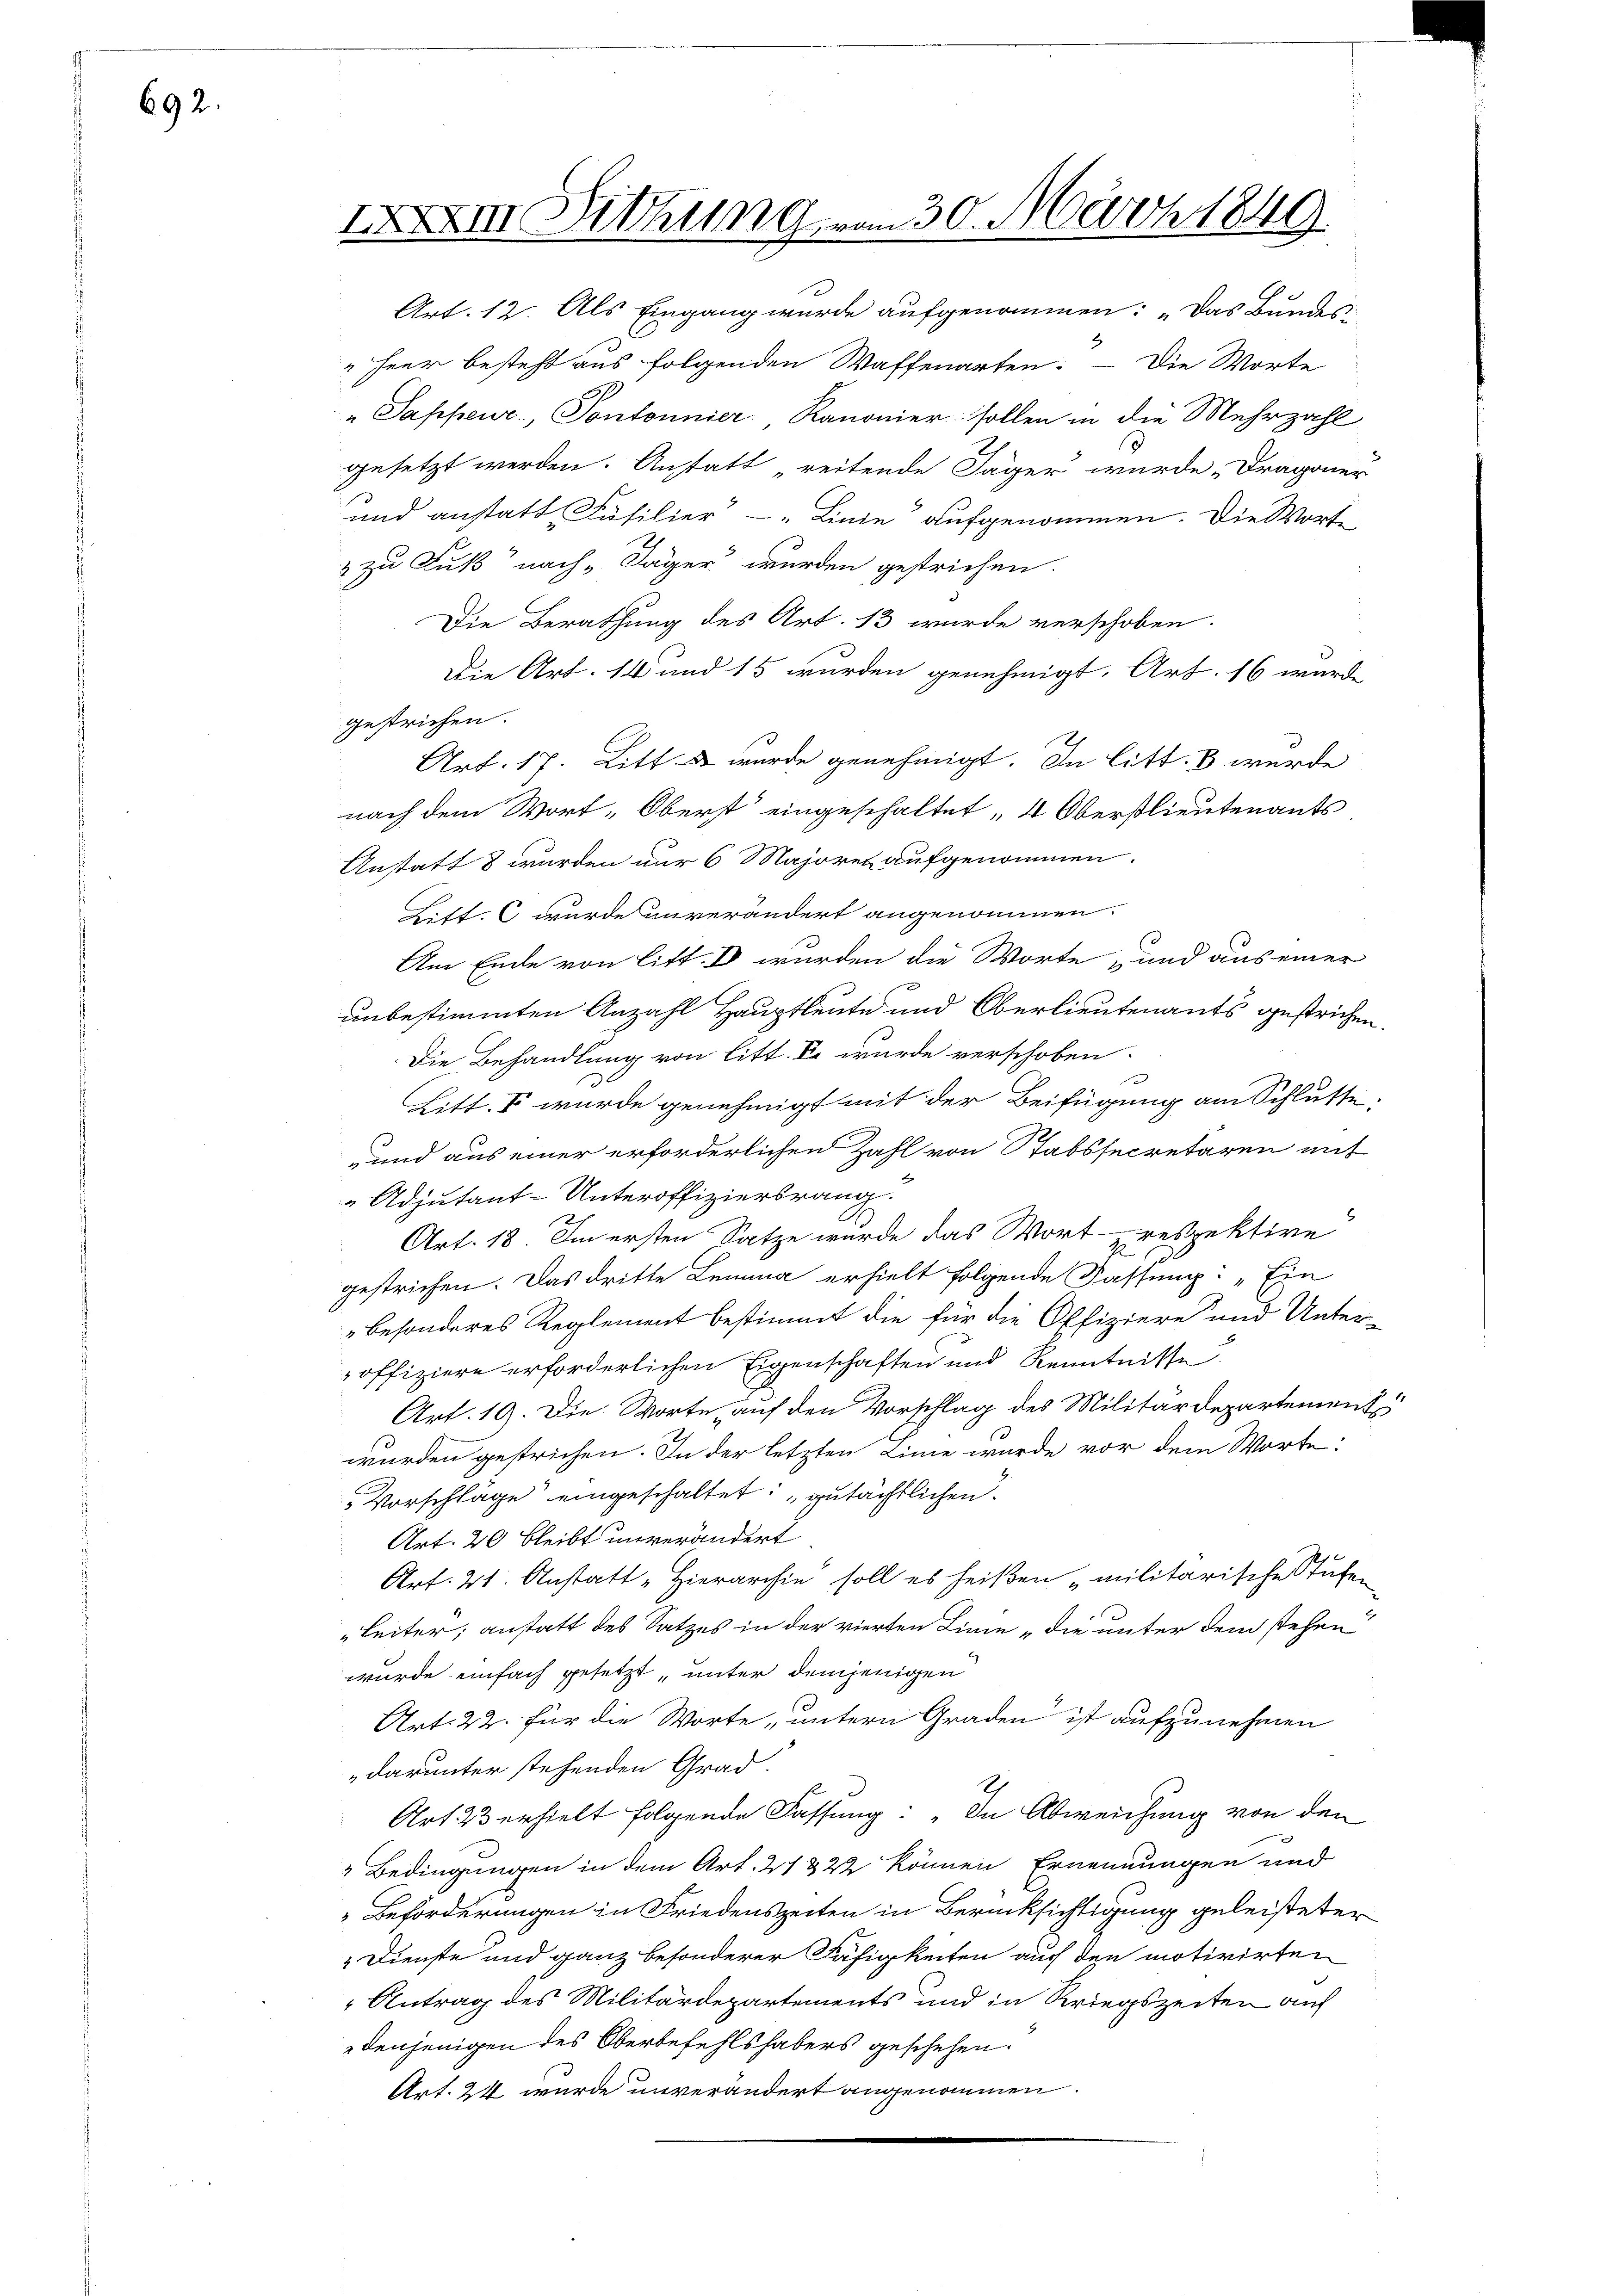
692.

IXXXII Dithung vom 30. März 1849.

Art. 12. Als Eingang wurde aufgenommen: „Das Bundes:
2
" Heer besteht aus folgenden Waffenarten. – Die Worte
"Sappeur, Pontonnier Kanonier sollen in die Mehrzahl
gesetzt werden. Anstatt „reitende Jäger wurde Dragoner
und anstatt Füsilier - Linie aufgenommen. Die Worte
& zu Fuß nach „Jäger wurden gestrichen.
Die Berathung des Art. 13 wurde verschoben.
Die Art. 14 und 15 wurden genehmigt. Art. 16 wurde
gestrichen.
Art. 17. Litt. u wurde genehmigt. In litt. 8 wurde
nach dem Wort-Oberst eingeschaltet „4 Oberstlieutenants
Anstatt 8 wurden nur 6 Majoren aufgenommen.
Lift. C wurde unverändert angenommen.
Am Ende von litt. V wurden die Worte und aus einer
unbestimmten Anzahl Hauptleute und Oberlieutenants gestrichen.
Die Behandlung von litt. Er wurde verschoben.
F
Litt. V wurde genehmigt mit der Beifügung am Schlusse:
und aus einer erforderlichen Zahl von Stabssecretären mit
 Adjutant-Unteroffiziersrang
Art. 18. Im ersten Satze wurde das Wort respektive
gestrichen. Das dritte Lemma erhielt folgende Fassung: „Ein
besonderes Reglement bestimmt die für die Offiziere und Unter-
offiziere erforderlichen Eigenschaften und Kenntnisse
Art. 19. Die Worte, auf den Vorschlag des Militärdepartement
wurden gestrichen. In der letzten Linie wurde vor dem Worte:
Vorschlage eingeschaltet: „gutächtlichen.
Art. 20 bleibt unverändert
Art. 21. Anstatt „Hierarchie soll es heißen „militärische Stufen
Leiter, anstatt des Satzes in der vierten Linie „die unter dem stehen
wurde einfach gesetzt unter demjenigen
Art. 22. Für die Worte, untern Graden ist aufzunehmen
darunter stehenden Grad.
I
Art. 23 erhielt folgende Fassung: „In Abweichung von den
2 Bedingungen in dem Art. 21322 können Ernennungen und
 Beförderungen in Friedenszeiten in Berücksichtigung geleisteter
" Dienste und ganz besonderer Fähigkeiten auf den motivirten
" Antrag des Militärdepartements und in Kriegszeiten auf
denjenigen des Oberbefehlshabers geschehen.
Art. 24 wurde unverändert angenommen.